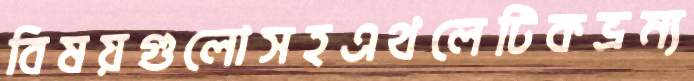
বিষয়গুলোসহএথলেটিকভ্রম্য